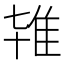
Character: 𨾙